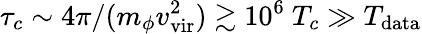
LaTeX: \tau_{c}\sim 4\pi/(m_{\phi}v_{\mathrm{vir}}^{2})\gtrsim 10^{6}\ T_{c}\gg T_{\mathrm{data}}